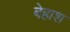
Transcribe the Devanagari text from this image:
बेहाश